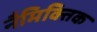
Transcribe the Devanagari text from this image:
नैमिक्तिक